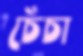
চেঁচা